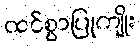
ထင်စွာပြုကျိုး